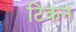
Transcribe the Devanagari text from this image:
टिकन